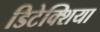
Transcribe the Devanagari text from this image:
डिटेक्शिया